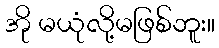
အို မယုံလို့မဖြစ်ဘူး။